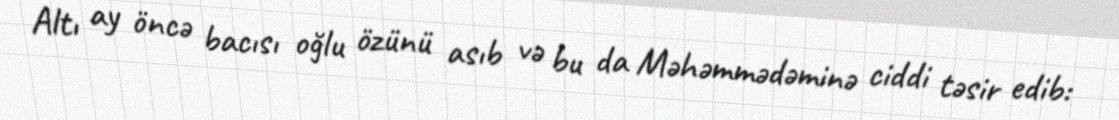
Altı ay öncə bacısı oğlu özünü asıb və bu da Məhəmmədəminə ciddi təsir edib: